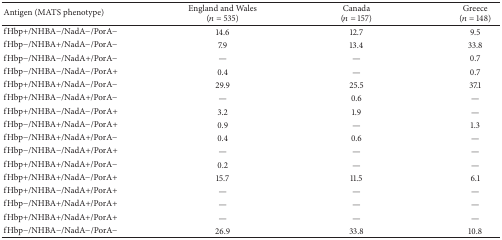
| Antigen (MATS phenotype) | England and Wales (n = 535) | Canada(n = 157) | Greece(n = 148) |
 | --- | --- | --- | --- |
 | fHbp+/NHBA−/NadA−/PorA− | 14.6 | 12.7 | 9.5 |
 | fHbp−/NHBA+/NadA−/PorA− | 7.9 | 13.4 | 33.8 |
 | fHbp−/NHBA−/NadA+/PorA− | — | — | 0.7 |
 | fHbp−/NHBA−/NadA−/PorA+ | 0.4 | — | 0.7 |
 | fHbp+/NHBA+/NadA−/PorA− | 29.9 | 25.5 | 37.1 |
 | fHbp+/NHBA−/NadA+/PorA− | — | 0.6 | — |
 | fHbp+/NHBA−/NadA−/PorA+ | 3.2 | 1.9 | — |
 | fHbp−/NHBA+/NadA−/PorA+ | 0.9 | — | 1.3 |
 | fHbp−/NHBA+/NadA+/PorA− | 0.4 | 0.6 | — |
 | fHbp−/NHBA−/NadA+/PorA+ | — | — | — |
 | fHbp+/NHBA+/NadA+/PorA− | 0.2 | — | — |
 | fHbp+/NHBA+/NadA−/PorA+ | 15.7 | 11.5 | 6.1 |
 | fHbp+/NHBA−/NadA+/PorA+ | — | — | — |
 | fHbp−/NHBA+/NadA+/PorA+ | — | — | — |
 | fHbp+/NHBA+/NadA+/PorA+ | — | — | — |
 | fHbp−/NHBA−/NadA−/PorA− | 26.9 | 33.8 | 10.8 |